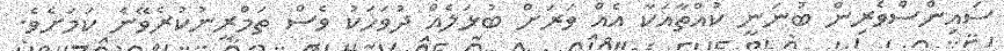
ސައިންސްވެރިން ބުނަނީ ކުއްތާއަކާ އެއް ވަރަށް ބުޅަލެއް ދުވަހަކު ވެސް ތަމްރީނުކުރެވޭނެ ކަމަށެވެ.